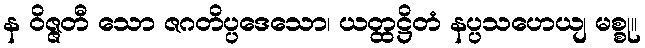
န ဝိဇ္ဇတီ သော ဇဂတိပ္ပဒေသော၊ ယတ္ထဋ္ဌိတံ နပ္ပသဟေယျ မစ္စု။